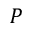
P